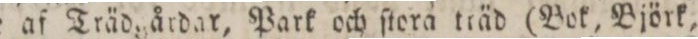
omgifne af Träd, årdar, Park och ſtora träd (Bok, Björk,